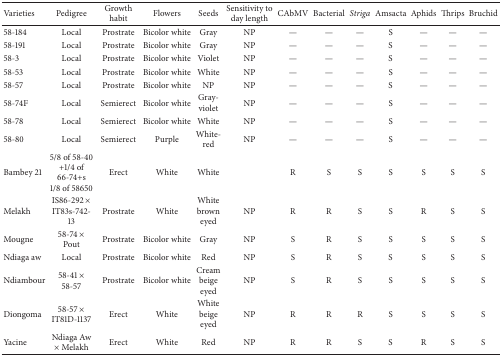
| Varieties | Pedigree | Growth habit | Flowers | Seeds | Sensitivity to day length | CAbMV | Bacterial | Striga | Amsacta | Aphids | Thrips | Bruchid |
 | --- | --- | --- | --- | --- | --- | --- | --- | --- | --- | --- | --- | --- |
 | 58-184 | Local | Prostrate | Bicolor white | Gray | NP | — | — | — | S | — | — | — |
 | 58-191 | Local | Prostrate | Bicolor white | Gray | NP | — | — | — | S | — | — | — |
 | 58-3 | Local | Prostrate | Bicolor white | Violet | NP | — | — | — | S | — | — | — |
 | 58-53 | Local | Prostrate | Bicolor white | White | NP | — | — | — | S | — | — | — |
 | 58-57 | Local | Prostrate | Bicolor white | NP | NP | — | — | — | S | — | — | — |
 | 58-74F | Local | Semierect | Bicolor white | Gray-violet | NP | — | — | — | S | — | — | — |
 | 58-78 | Local | Semierect | Bicolor white | White | NP | — | — | — | S | — | — | — |
 | 58-80 | Local | Semierect | Purple | White-red | NP | — | — | — | S | — | — | — |
 | Bambey 21 | 5/8 of 58-40+1/4 of 66-74+s1/8 of 58650 | Erect | White | White |  | R | S | S | S | S | S | S |
 | Melakh | IS86-292 × IT83s-742-13 | Prostrate | White | White brown eyed | NP | R | R | S | S | R | S | S |
 | Mougne | 58-74 × Pout | Prostrate | Bicolor white | Gray | NP | S | R | S | S | S | S | S |
 | Ndiaga aw | Local | Prostrate | Bicolor white | Red | NP | S | R | S | S | S | S | S |
 | Ndiambour | 58-41 × 58-57 | Prostrate | Bicolor white | Cream beige eyed | NP | S | R | S | S | S | S | S |
 | Diongoma | 58-57 × IT81D-1137 | Erect | White | White beige eyed | NP | R | R | R | S | S | S | S |
 | Yacine | Ndiaga Aw× Melakh | Erect | White | Red | NP | R | R | S | S | R | S | S |